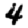
Digit: 4